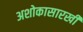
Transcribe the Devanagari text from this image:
अशोकासारखी